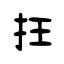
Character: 抂